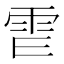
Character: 𩁿